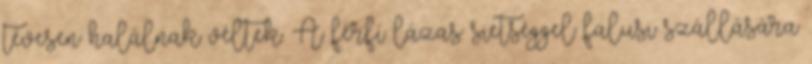
tévesen halálnak véltek. A férfi lázas sietséggel falusi szállására